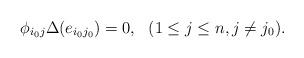
LaTeX: \begin{align*} \phi_{i_0j}\Delta(e_{i_0j_0})=0,\ \ (1\leq j\leq n, j\ne j_0). \end{align*}